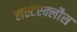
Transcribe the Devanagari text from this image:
लस्टस्क्लौस